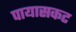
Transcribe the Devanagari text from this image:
पायासकट